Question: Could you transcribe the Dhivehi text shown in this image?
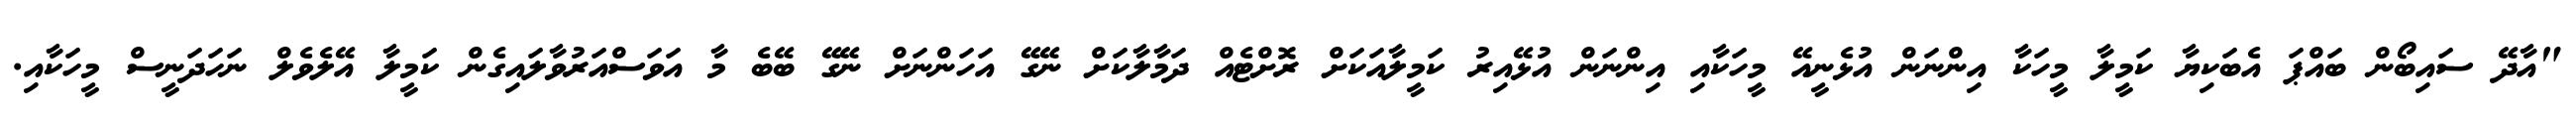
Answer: "އާދޭ ސައިބޯން ބައްޕަ އެބަކިޔާ ކަމީލާ މީހަކާ އިންނަން އުޅެނީއޭ މީހަކާއި އިންނަން އުޅޭއިރު ކަމީލާއަކަށް ރޮށްޓެއް ދަމާލާކަށް ނޭގޭ އަހަންނަށް ނޭގޭ ބޭބެ މާ އަވަސްއަރުވާލައިގެން ކަމީލާ އޭލެވެލް ނަހަދަނީސް މީހަކާއި.